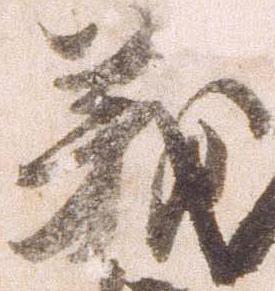
義